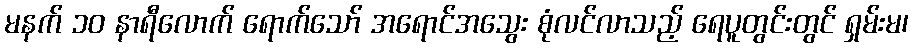
မနက် ၁၀ နာရီလောက် ရောက်သော် အရောင်အသွေး စုံလင်လာသည့် ရေပူတွင်းတွင် ရှမ်းမ၊